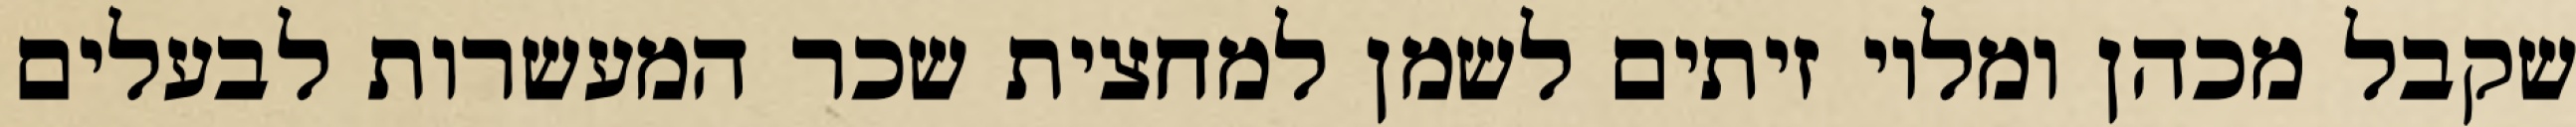
שקבל מכהן ומלוי זיתים לשמן למחצית שכר המעשרות לבעלים